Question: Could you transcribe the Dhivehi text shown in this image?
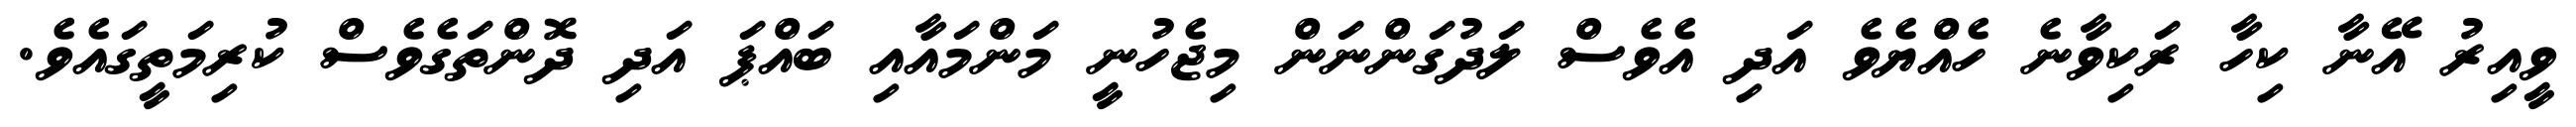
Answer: ވީއިރު އޭނާ ކިހާ ރަކިވާނެ ހެއްޔެވެ އަދި އެވެސް ލަދުގަންނަން މިޖެހުނީ މަންމައާއި ބައްޕަ އަދި ދޮންތަގެވެސް ކުރިމަތީގައެވެ.